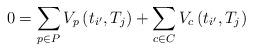
LaTeX: \begin{align*}0=\sum_{p\in P}V_{p}\left(t_{i'},T_{j}\right)+\sum_{c\in C}V_{c}\left(t_{i'},T_{j}\right)\end{align*}